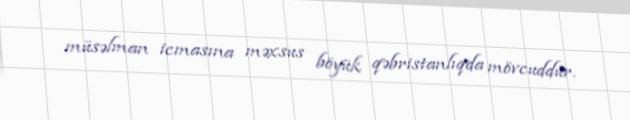
müsəlman icmasına məxsus böyük qəbristanlıqda mövcuddur.